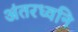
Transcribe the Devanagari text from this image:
अंतरध्वनि